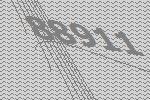
88911